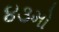
૪૩મો